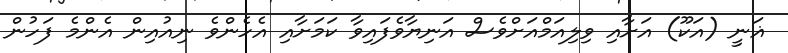
ޣަނީ (އަކޫ) އަށާއި ވިލިއަމްއަށްވެސް އަނިޔާވެފައިވާ ކަމަށާއި އެހެންވެ ނިއުއިން އެންމެ ފަހުން